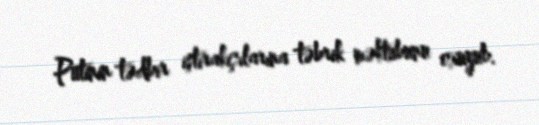
Putinin tədbir iştirakçılarına təbrik məktubunu oxuyub.